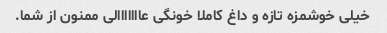
خیلی خوشمزه تازه و داغ کاملا خونگی عااااااالی ممنون از شما.